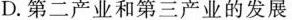
D.第二产业和第三产业的发展